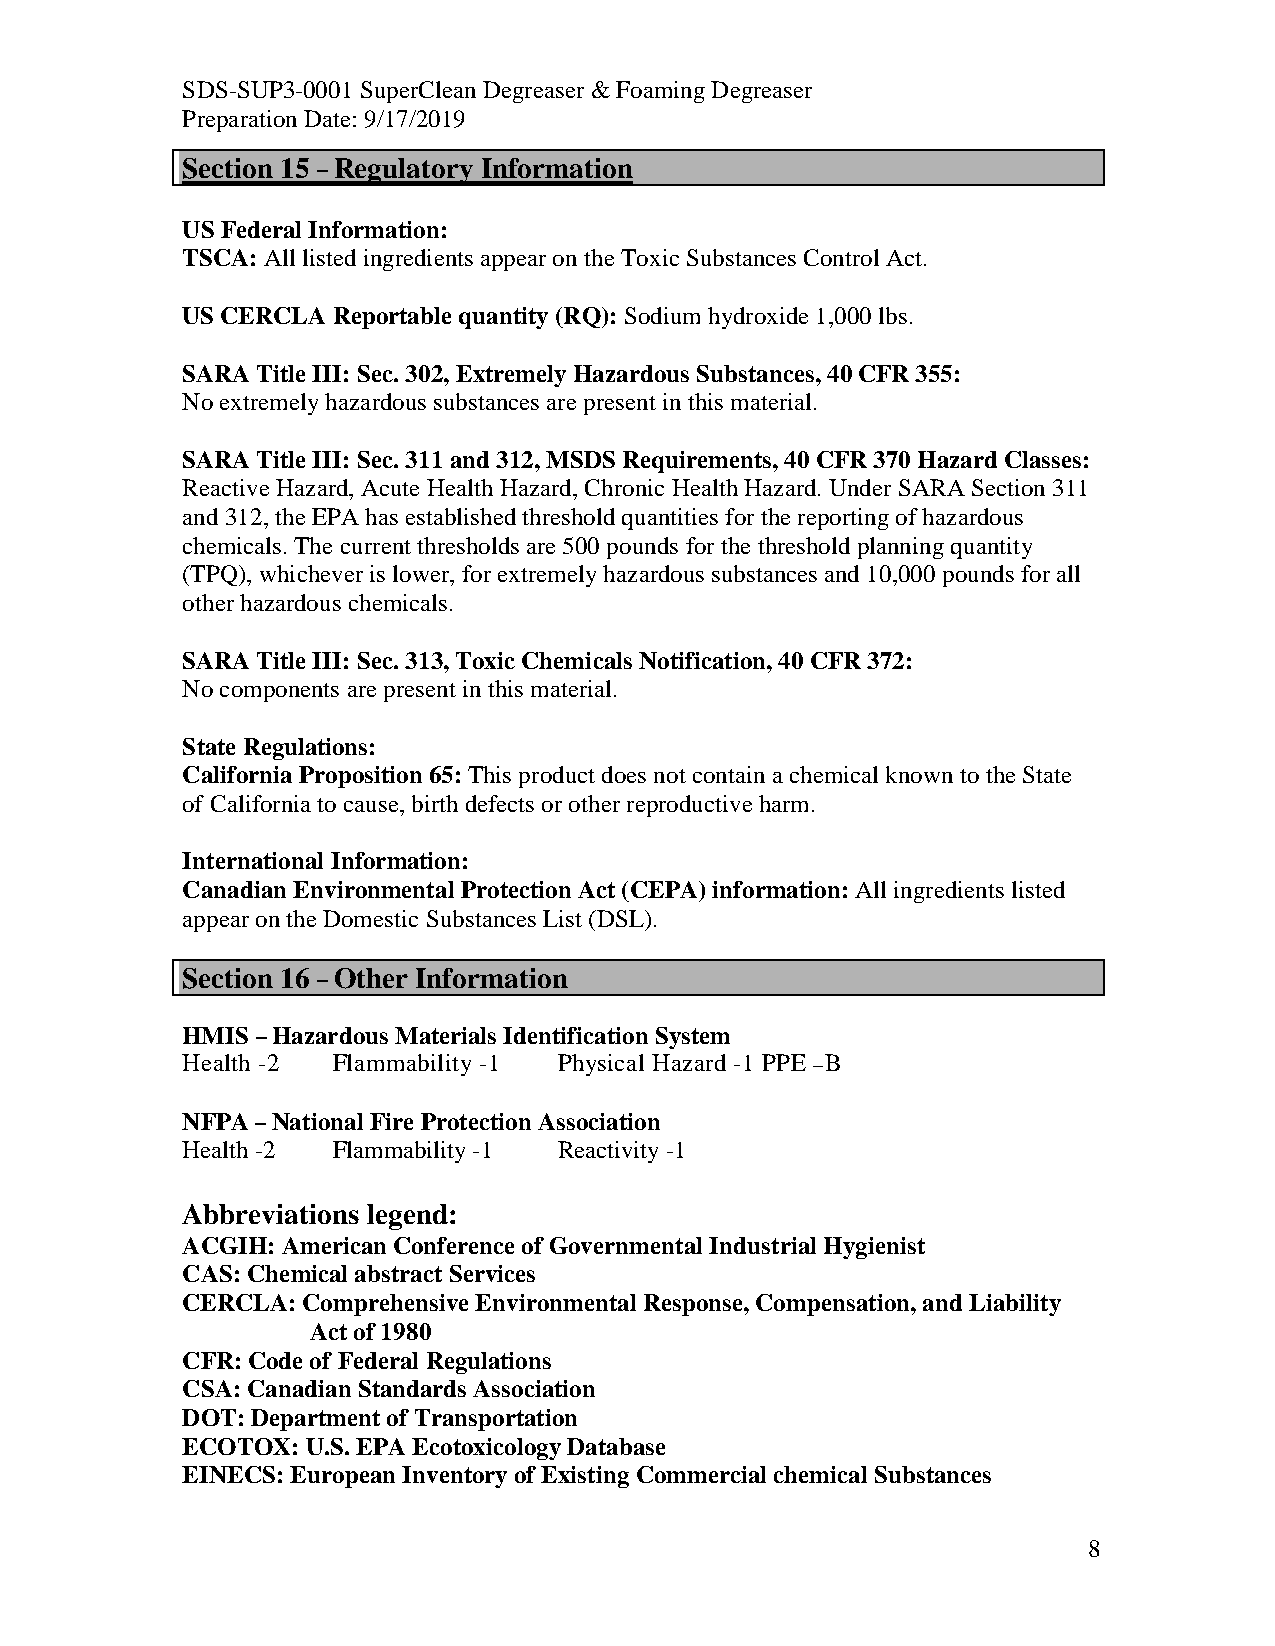
SDS-SUP3-0001 SuperClean Degreaser & Foaming Degreaser
 Preparation Date: 9/17/2019
 Section 15 – Regulatory Information
 US Federal Information:
 TSCA: All listed ingredients appear on the Toxic Substances Control Act.
 US CERCLA Reportable quantity (RQ): Sodium hydroxide 1,000 lbs.
 SARA Title III: Sec. 302, Extremely Hazardous Substances, 40 CFR 355:
 No extremely hazardous substances are present in this material.
 SARA Title III: Sec. 311 and 312, MSDS Requirements, 40 CFR 370 Hazard Classes:
 Reactive Hazard, Acute Health Hazard, Chronic Health Hazard. Under SARA Section 311
 and 312, the EPA has established threshold quantities for the reporting of hazardous
 chemicals. The current thresholds are 500 pounds for the threshold planning quantity
 (TPQ), whichever is lower, for extremely hazardous substances and 10,000 pounds for all
 other hazardous chemicals.
 SARA Title III: Sec. 313, Toxic Chemicals Notification, 40 CFR 372:
 No components are present in this material.
 State Regulations:
 California Proposition 65: This product does not contain a chemical known to the State
 of California to cause, birth defects or other reproductive harm.
 International Information:
 Canadian Environmental Protection Act (CEPA) information: All ingredients listed
 appear on the Domestic Substances List (DSL).
 Section 16 – Other Information
 HMIS – Hazardous Materials Identification System
 Health -2 Flammability -1 Physical Hazard -1 PPE –B
 NFPA – National Fire Protection Association
 Health -2 Flammability -1 Reactivity -1
 Abbreviations legend:
 ACGIH: American Conference of Governmental Industrial Hygienist
 CAS: Chemical abstract Services
 CERCLA: Comprehensive Environmental Response, Compensation, and Liability
 Act of 1980
 CFR: Code of Federal Regulations
 CSA: Canadian Standards Association
 DOT: Department of Transportation
 ECOTOX: U.S. EPA Ecotoxicology Database
 EINECS: European Inventory of Existing Commercial chemical Substances
 8